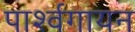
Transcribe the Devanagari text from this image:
पार्श्‍वगायन